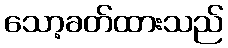
သော့ခတ်ထားသည်